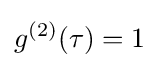
g^{(2)}(\tau )=1